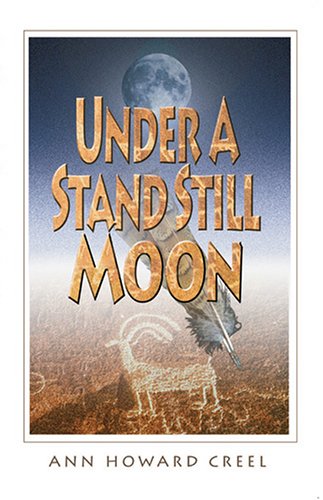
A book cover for Under A Stand Still Moon; Ann Howard Creel; Teen & Young Adult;